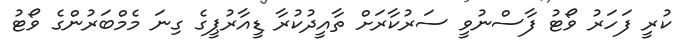
ކުރީ ފަހަރު ވޯޓު ފާސްނުވީ ސަރުކާރަށް ތާއީދުކުރާ ޑީއާރުޕީގެ ގިނަ މެމްބަރުންގެ ވޯޓު